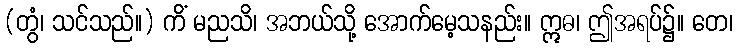
(တွံ၊ သင်သည်။) ကိံ မညသိ၊ အဘယ်သို့ အောက်မေ့သနည်း။ ဣဓ၊ ဤအရပ်၌။ တေ၊